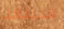
سينفذ